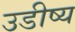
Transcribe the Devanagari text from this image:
उडीष्य